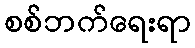
စစ်ဘက်ရေးရာ